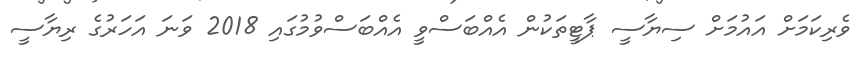
ވެރިކަމަށް އައުމަށް ސިޔާސީ ޕާޓީތަކުން އެއްބަސްވީ އެއްބަސްވުމުގައި 2018 ވަނަ އަހަރުގެ ރިޔާސީ